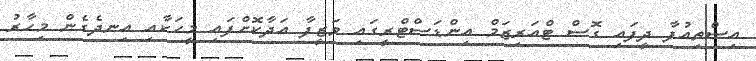
އިސްތިއުފާ ދީފައި ގޮސް ޓްއަރިޒަމް އިންޑަަސްޓްރީގައި ވަޒީފާ އަދާކޮށްފައި މީހަކާއި އިނދެގެން މިހާރު